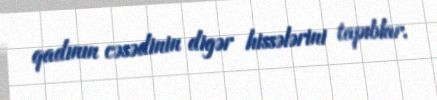
qadının cəsədinin digər hissələrini tapıblar.